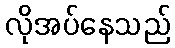
လိုအပ်နေသည်